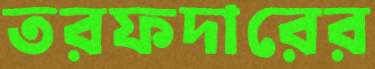
তরফদারের